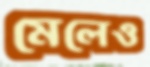
মেলেও